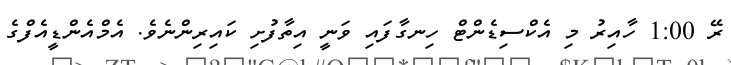
ރޭ 1:00 ހާއިރު މި އެކްސިޑެންޓް ހިނގާފައި ވަނީ އިތާފުށި ކައިރިންނެވެ. އެމްއެންޑީއެފްގެ